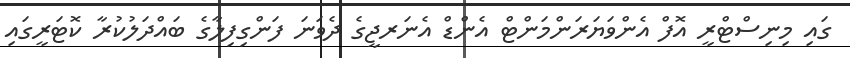
ގައި މިނިސްޓްރީ އޮފް އެންވަޔަރަންމަންޓް އެންޑް އެނަރޖީގެ ދެވަނަ ފަންގިފިލާގެ ބައްދަލުކުރާ ކޮޓަރީގައި